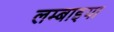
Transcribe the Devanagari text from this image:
लम्बाइया